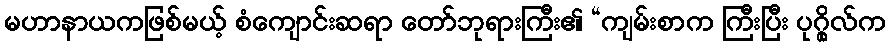
မဟာနာယကဖြစ်မယ့် စံကျောင်းဆရာ တော်ဘုရားကြီး၏ “ကျမ်းစာက ကြီးပြီး ပုဂ္ဂိုလ်က